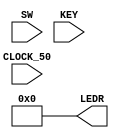
`timescale 1ns / 1ns // `timescale time_unit/time_precision

//SW[2:0] data inputs
//SW[9] select signals

//LEDR[0] output display

module part3(SW,KEY,LEDR,CLOCK_50);
input wire CLOCK_50;
input [9:0] SW;
input [3:0] KEY;
output [7:0] LEDR; 

assign LEDR[7:0] = 8'b00000000;

endmodule